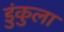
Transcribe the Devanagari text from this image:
डुंकुला